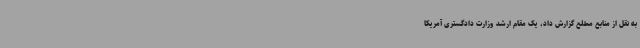
به نقل از منابع مطلع گزارش داد، یک مقام ارشد وزارت دادگستری آمریکا